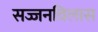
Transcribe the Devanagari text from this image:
सज्जनविलास